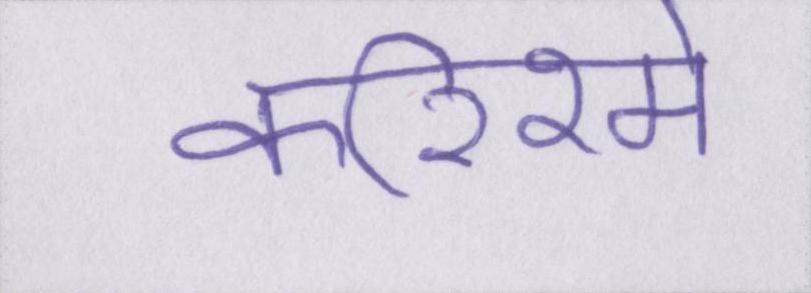
करिश्मे